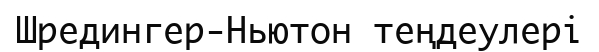
Шредингер-Ньютон теңдеулері